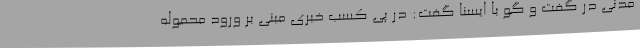
مدنی در گفت و گو با ایسنا گفت: در پی کسب خبری مبنی بر ورود محموله